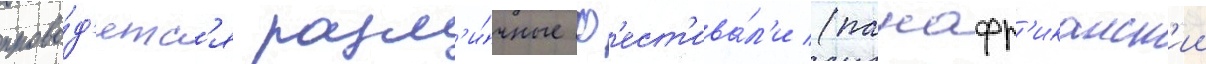
прово́д'ятс'я разл'и́чные ф'ест'ива́л'и (панафр'иканск'ии